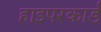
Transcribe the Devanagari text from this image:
हाइपरकार्ड